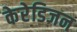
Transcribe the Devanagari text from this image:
केरेडिजन